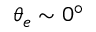
\theta _ { e } \sim 0 ^ { \circ }